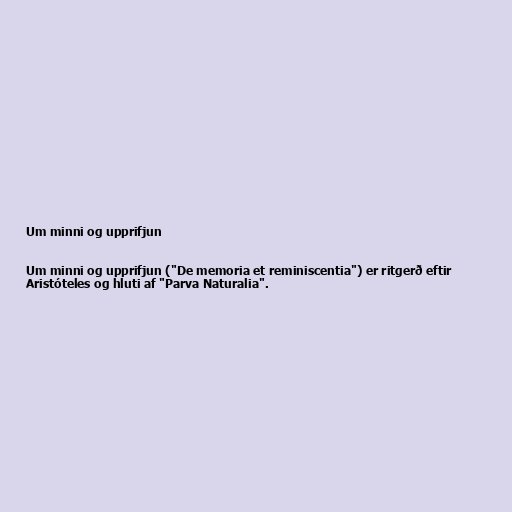
Um minni og upprifjun

Um minni og upprifjun ("De memoria et reminiscentia") er ritgerð eftir
Aristóteles og hluti af "Parva Naturalia".